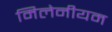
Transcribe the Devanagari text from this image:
मिलेनीयम